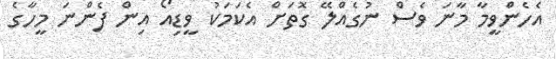
އެހެންވީމާ މާނަ ވެސް ނުގެއްލޭ ގޮތަށް އެކަމަކު ވީޑިއޯ އިން ފެންނަ މީހާގެ